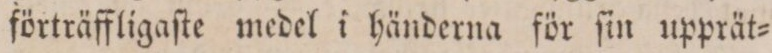
förträffligaſte medel i händerna för ſin upprät=